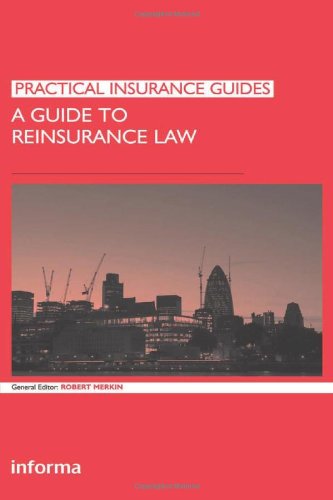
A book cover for A Guide to Reinsurance Law (Practical Insurance Guides); Law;